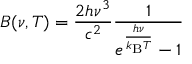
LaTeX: B ( \nu , T ) = { \frac { 2 h \nu ^ { 3 } } { c ^ { 2 } } } { \frac { 1 } { e ^ { \frac { h \nu } { k _ { \mathrm { B } } T } } - 1 } }